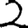
Digit: 2